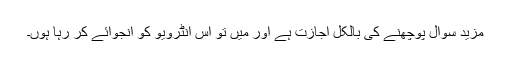
مزید سوال پوچھنے کی بالکل اجازت ہے اور میں تو اس انٹرویو کو انجوائے کر رہا ہوں۔